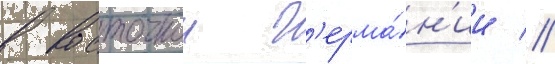
в восточнои г'ерма́н'ии //